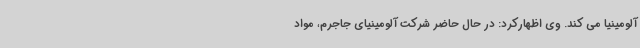
آلومینیا می کند. وی اظهارکرد: در حال حاضر شرکت آلومینیای جاجرم، مواد